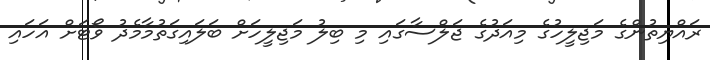
ރައްޔިތުންގެ މަޖިލީހުގެ މިއަދުގެ ޖަލްސާގައި މި ބިލު މަޖިލީހަށް ބަލައިގަތުމާމެދު ވޯޓަށް އަހައި